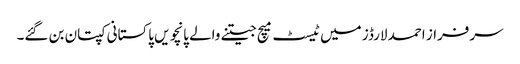
سرفراز احمد لارڈز میں ٹیسٹ میچ جیتنے والے پانچویں پاکستانی کپتان بن گئے۔